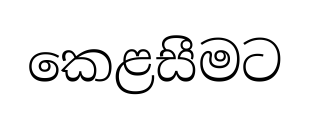
කෙළසීමට